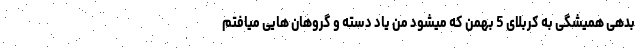
بدهی همیشگی به کربلای 5 بهمن که میشود من یاد دسته و گروهان هایی میافتم